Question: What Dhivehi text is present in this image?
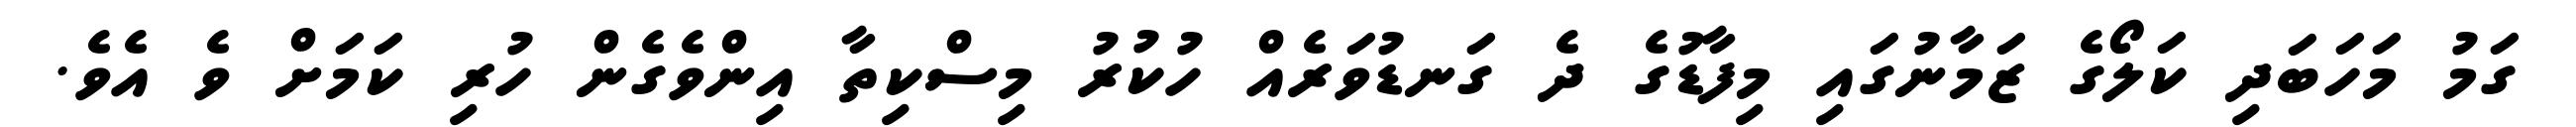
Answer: ގަމު މަހަބަދި ކަލޯގެ ޒަމާނުގައި މިފާޑުގެ ދެ ގަނޑުވަރެއް ހުކުރު މިސްކިތާ އިންވެގެން ހުރި ކަމަށް ވެ އެވެ.